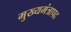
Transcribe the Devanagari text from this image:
मुख्यमंत्रापद